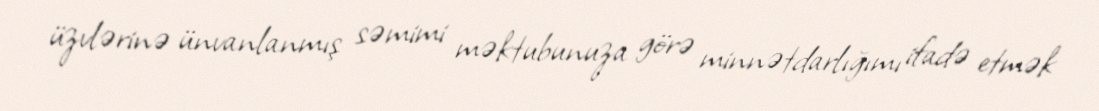
üzvlərinə ünvanlanmış səmimi məktubunuza görə minnətdarlığımı ifadə etmək